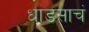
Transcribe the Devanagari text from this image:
धाडसाचं